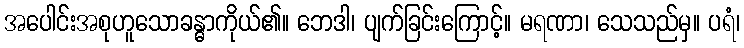
အပေါင်းအစုဟူသောခန္ဓာကိုယ်၏။ ဘေဒါ၊ ပျက်ခြင်းကြောင့်။ မရဏာ၊ သေသည်မှ။ ပရံ၊